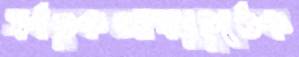
সর্বভুকআগমুহূর্তেক